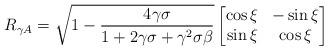
LaTeX: \begin{align*}R_{\gamma A}=\sqrt{1-\frac{4\gamma\sigma}{1+2\gamma\sigma+\gamma^2\sigma\beta}}\begin{bmatrix}\cos{\xi} & -\sin{\xi}\\\sin{\xi} & \cos{\xi}\end{bmatrix}\end{align*}